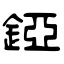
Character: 錏